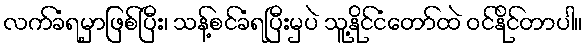
လက်ခံရမှာဖြစ်ပြီး၊ သန့်စင်ခံရပြီးမှပဲ သူ့နိုင်ငံတော်ထဲ ဝင်နိုင်တာပါ။